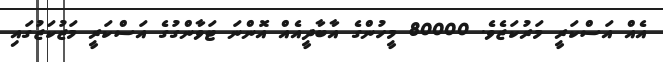
އެއް އަސްކަރީ މަރުކަޒެވެ. 80000 މީހުންގެ އާބާދީއެއް އޮންނަ ޓަވާންގުގެ އަސްކަރީ މަޒުކަޒުގައި